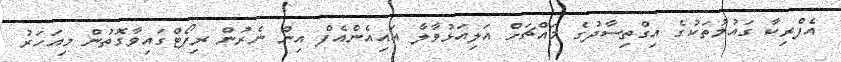
އެފްރިކާ ގައުމުތަކުގެ އިގްތިސާދުގެ މައްޗަށް އަލިއަޅުވާލާ އައިއެންއެފް އިން ނެރުން ރިޕޯޓްގައިވާގޮތުން މިއަހަރު